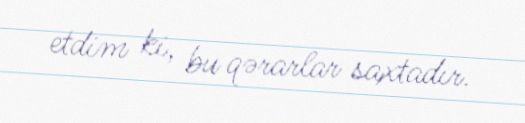
etdim ki, bu qərarlar saxtadır.